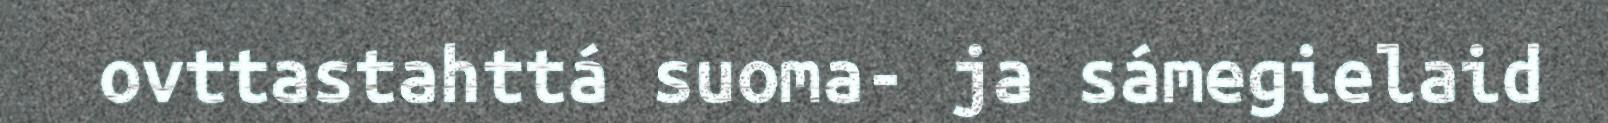
ovttastahttá suoma- ja sámegielaid